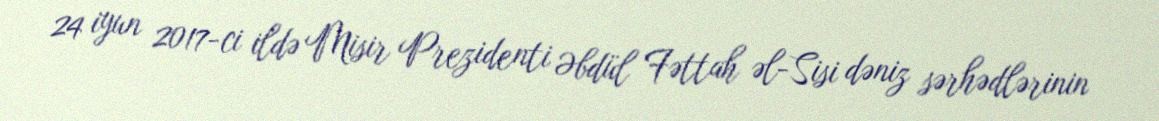
24 iyun 2017-ci ildə Misir Prezidenti Əbdül Fəttah əl-Sisi dəniz sərhədlərinin